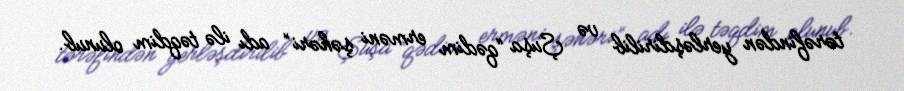
tərəfindən yerləşdirilib və Şuşa “qədim erməni şəhəri” adı ilə təqdim olunub.